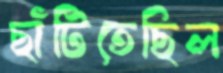
ছাঁটিতেছিল